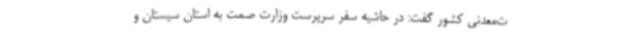
ت‌معدنی کشور گفت: در حاشیه سفر سرپرست وزارت صمت به استان سیستان و